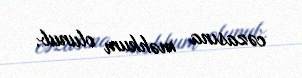
cəzasına məhkum olunub.